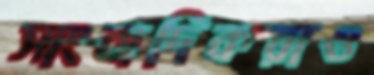
সাংবাদিকরাও